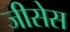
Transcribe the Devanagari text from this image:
जीसेस